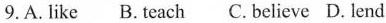
9. A. Like B.Teach C. Believe D. Lend